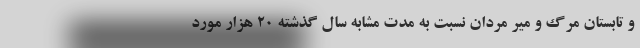
و تابستان مرگ و میر مردان نسبت به مدت مشابه سال گذشته ۲۰ هزار مورد